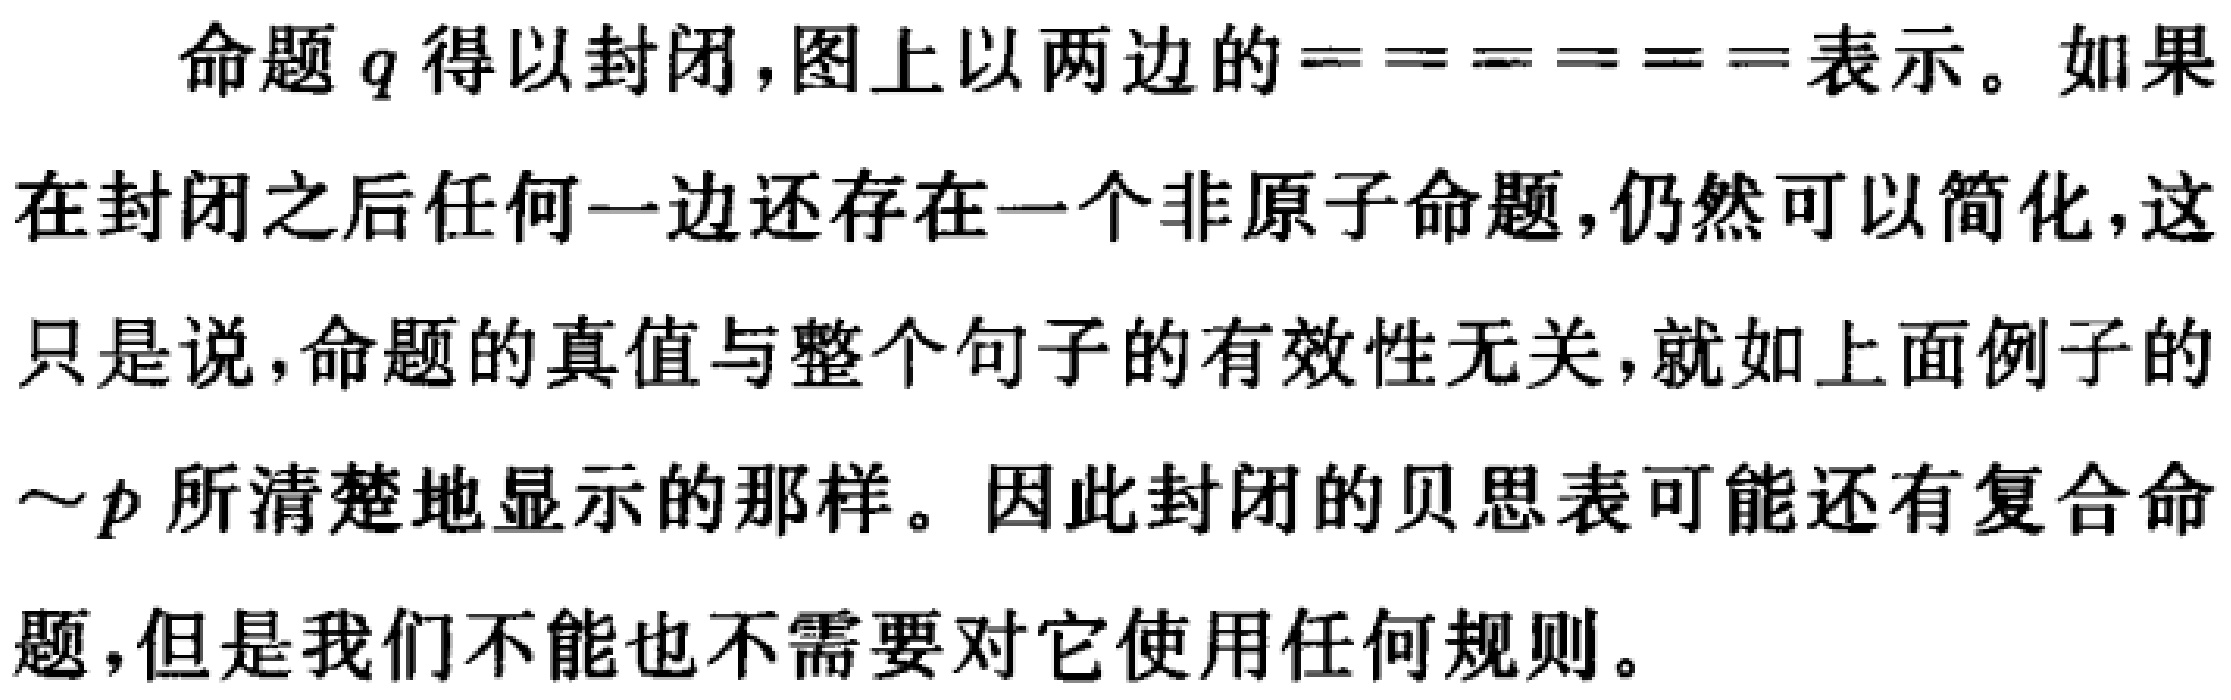
命题$q$得以封闭,图上以两边的======表示。如果在封闭之后任何一边还存在一个非原子命题,仍然可以简化,这只是说,命题的真值与整个句子的有效性无关,就如上面例子的$\sim p$所清楚地显示的那样。因此封闭的贝思表可能还有复合命题,但是我们不能也不需要对它使用任何规则。